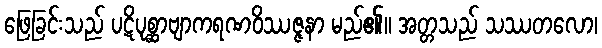
ဖြေခြင်းသည် ပဋိပုစ္ဆာဗျာကရဏဝိဿဇ္ဇနာ မည်၏။ အတ္တသည် သဿတလော၊